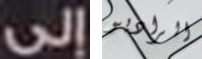
إلى الراديو